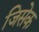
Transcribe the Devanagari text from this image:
जिसेक